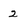
Character: 2